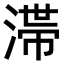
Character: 𣻉